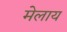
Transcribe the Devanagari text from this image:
मेलाय